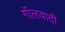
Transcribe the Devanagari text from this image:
गॉलवादी